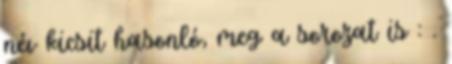
név kicsit hasonló, meg a sorozat is : .